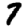
Digit: 7